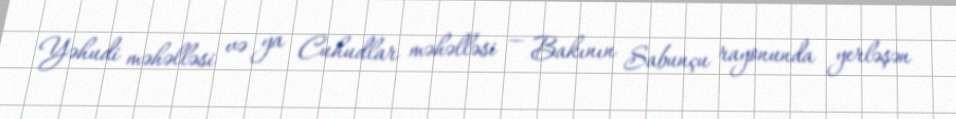
Yəhudi məhəlləsi və ya Cuhudlar məhəlləsi — Bakının Sabunçu rayonunda yerləşən